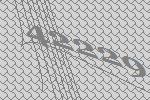
42229